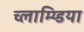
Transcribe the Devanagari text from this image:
च्लाम्य्डिया